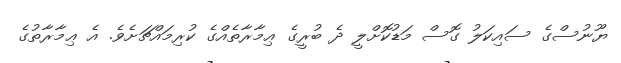
ޔޫނުސްގެ ސައިކަލު ގޮސް މަޑުކޮށްލީ ދެ ބުރީގެ ޢިމާރާތެއްގެ ކުރިމައްޗަށެވެ. އެ ޢިމާރާތުގެ